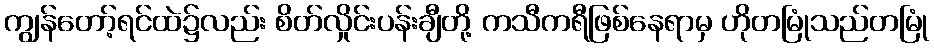
ကျွန်တော့်ရင်ထဲ၌လည်း စိတ်လှိုင်းပန်းချီတို့ ကသီကရီဖြစ်နေရာမှ ဟိုတမြုံသည်တမြုံ